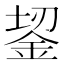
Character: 𬫎